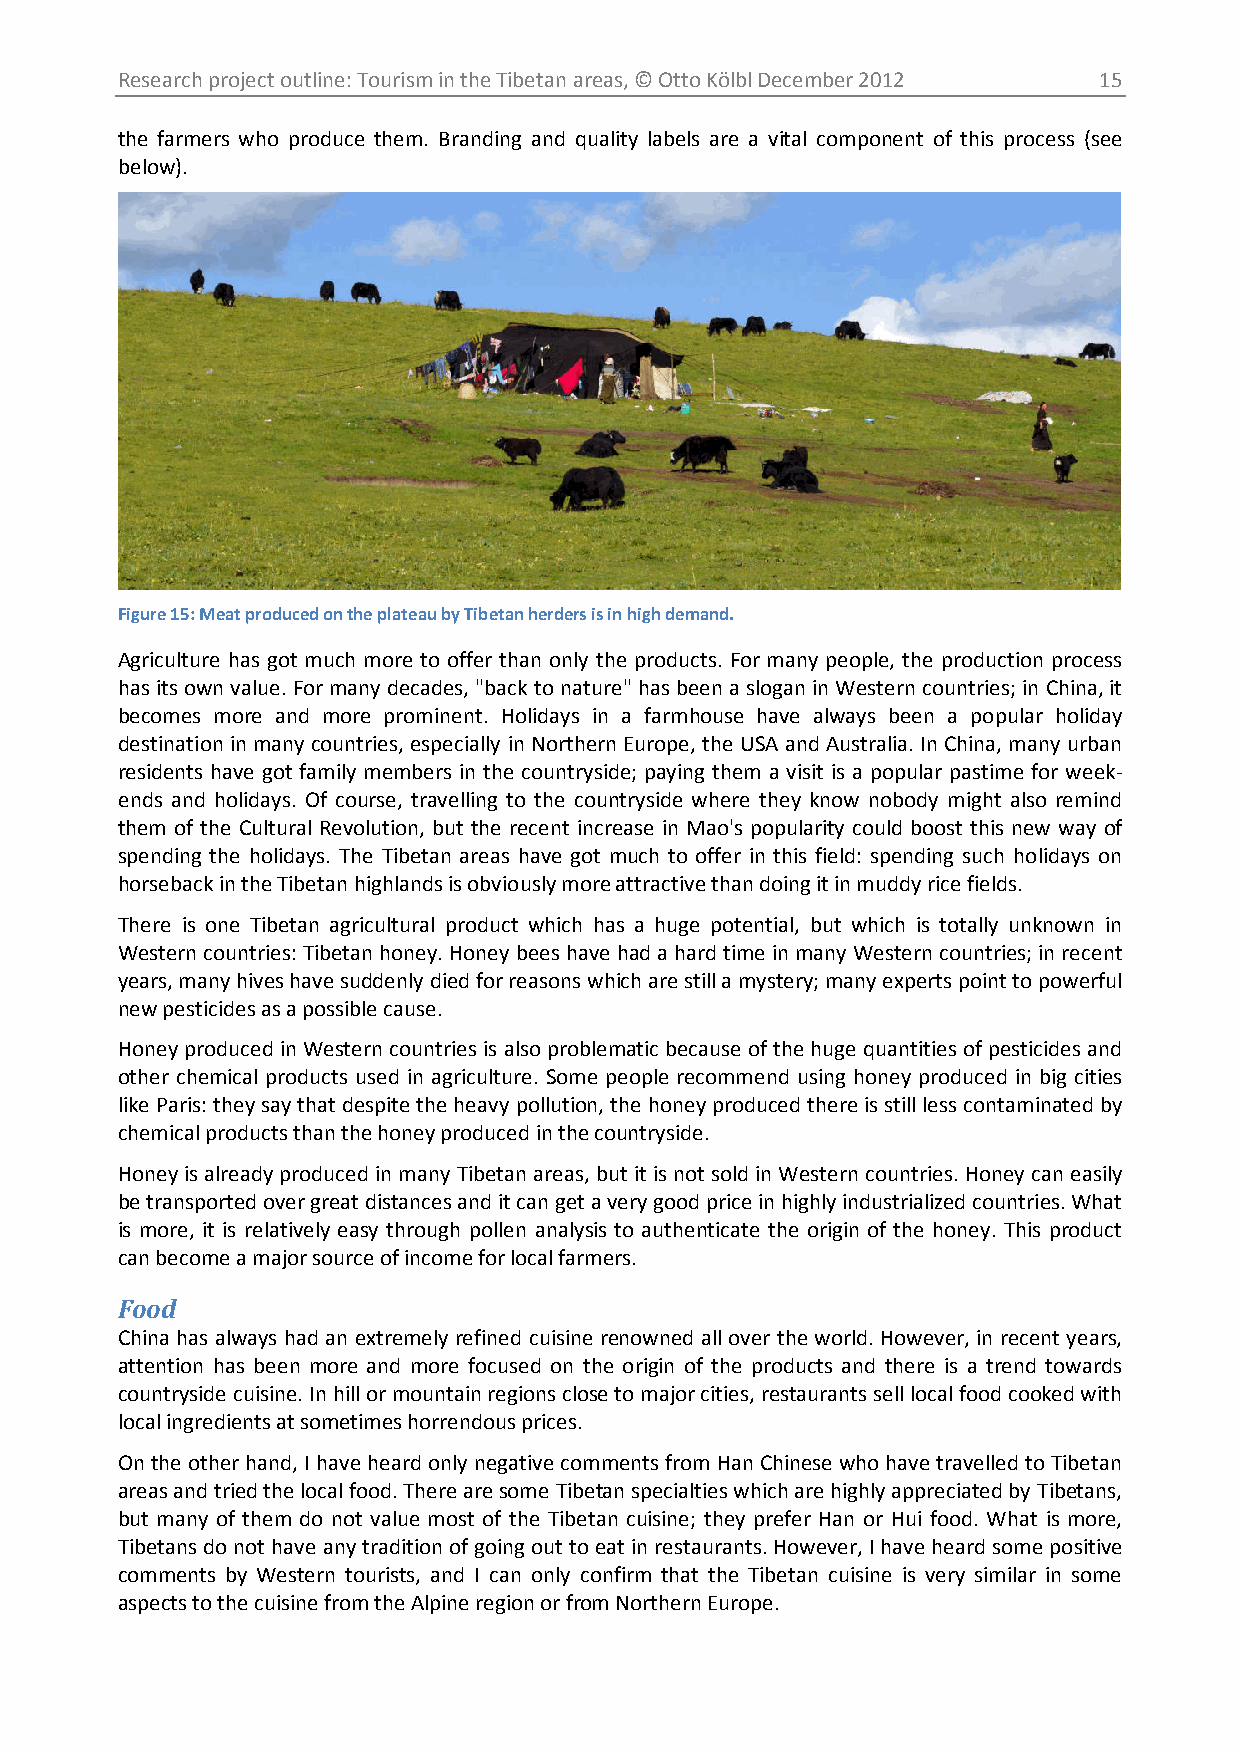
Research project outline: Tourism in the Tibetan areas, © Otto Kölbl December 2012 15
 the farmers who produce them. Branding and quality labels are a vital component of this process (see
 below).
 Figure 15: Meat produced on the plateau by Tibetan herders is in high demand.
 Agriculture has got much more to offer than only the products. For many people, the production process
 has its own value. For many decades, "back to nature" has been a slogan in Western countries; in China, it
 becomes more and more prominent. Holidays in a farmhouse have always been a popular holiday
 destination in many countries, especially in Northern Europe, the USA and Australia. In China, many urban
 residents have got family members in the countryside; paying them a visit is a popular pastime for week-
 ends and holidays. Of course, travelling to the countryside where they know nobody might also remind
 them of the Cultural Revolution, but the recent increase in Mao's popularity could boost this new way of
 spending the holidays. The Tibetan areas have got much to offer in this field: spending such holidays on
 horseback in the Tibetan highlands is obviously more attractive than doing it in muddy rice fields.
 There is one Tibetan agricultural product which has a huge potential, but which is totally unknown in
 Western countries: Tibetan honey. Honey bees have had a hard time in many Western countries; in recent
 years, many hives have suddenly died for reasons which are still a mystery; many experts point to powerful
 new pesticides as a possible cause.
 Honey produced in Western countries is also problematic because of the huge quantities of pesticides and
 other chemical products used in agriculture. Some people recommend using honey produced in big cities
 like Paris: they say that despite the heavy pollution, the honey produced there is still less contaminated by
 chemical products than the honey produced in the countryside.
 Honey is already produced in many Tibetan areas, but it is not sold in Western countries. Honey can easily
 be transported over great distances and it can get a very good price in highly industrialized countries. What
 is more, it is relatively easy through pollen analysis to authenticate the origin of the honey. This product
 can become a major source of income for local farmers.
 Food
 China has always had an extremely refined cuisine renowned all over the world. However, in recent years,
 attention has been more and more focused on the origin of the products and there is a trend towards
 countryside cuisine. In hill or mountain regions close to major cities, restaurants sell local food cooked with
 local ingredients at sometimes horrendous prices.
 On the other hand, I have heard only negative comments from Han Chinese who have travelled to Tibetan
 areas and tried the local food. There are some Tibetan specialties which are highly appreciated by Tibetans,
 but many of them do not value most of the Tibetan cuisine; they prefer Han or Hui food. What is more,
 Tibetans do not have any tradition of going out to eat in restaurants. However, I have heard some positive
 comments by Western tourists, and I can only confirm that the Tibetan cuisine is very similar in some
 aspects to the cuisine from the Alpine region or from Northern Europe.